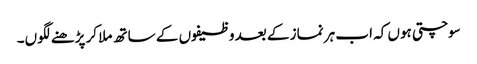
سوچتی ہوں کہ اب ہر نماز کے بعد وظیفوں کے ساتھ ملا کر پڑھنے لگوں۔